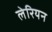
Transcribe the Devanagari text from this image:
लेरियन